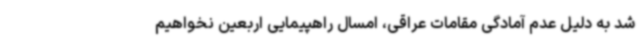
شد به دلیل عدم آمادگی مقامات عراقی، امسال راهپیمایی اربعین نخواهیم